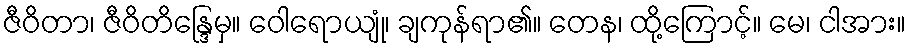
ဇီဝိတာ၊ ဇီဝိတိန္ဒြေမှ။ ဝေါရောယျုံ၊ ချကုန်ရာ၏။ တေန၊ ထို့ကြောင့်။ မေ၊ ငါအား။